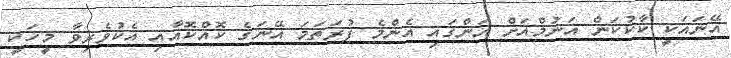
އޭނައަކީ ކާކުކަން އަނުމްއަށް އަންގައި އެންމެ ފުރަތަމަ އޭނަގެ ކޮއްކޮއާއި އެކުވެރިވާ މީހަކީ